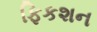
ફિકશન